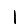
Digit: 1